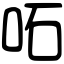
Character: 𠰴